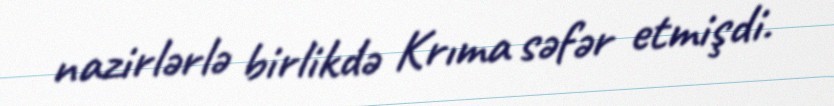
nazirlərlə birlikdə Krıma səfər etmişdi.